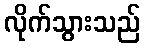
လိုက်သွားသည်